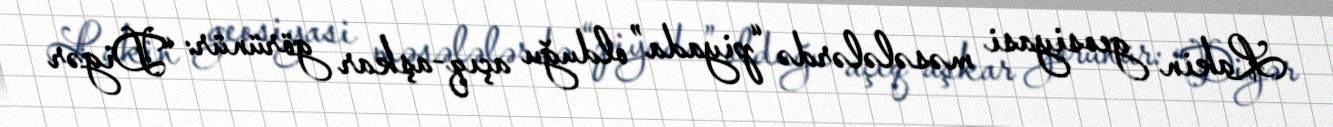
Lakin geosiyasi məsələlərdə “piyada” olduğu açıq-aşkar görünür: “Digər